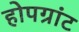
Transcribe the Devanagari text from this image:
होपग्रांट